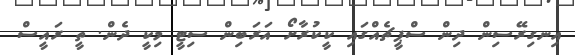
އިނގިރޭސިން ދިން ސްޕީޗެއްގައި ކީކުރާށޯ އަރަބިން ސިޓީ މިކީ ދެން. ތީ ރައީސް